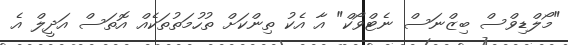
"މޯލްޑިވްސް ބިޒްނަސް ނެޓްވޯކް" އާ އެކު ތިންކަށް ތުހުމަތުތަކެއް އޮތަސް އަދީލް އެ